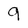
Character: 9